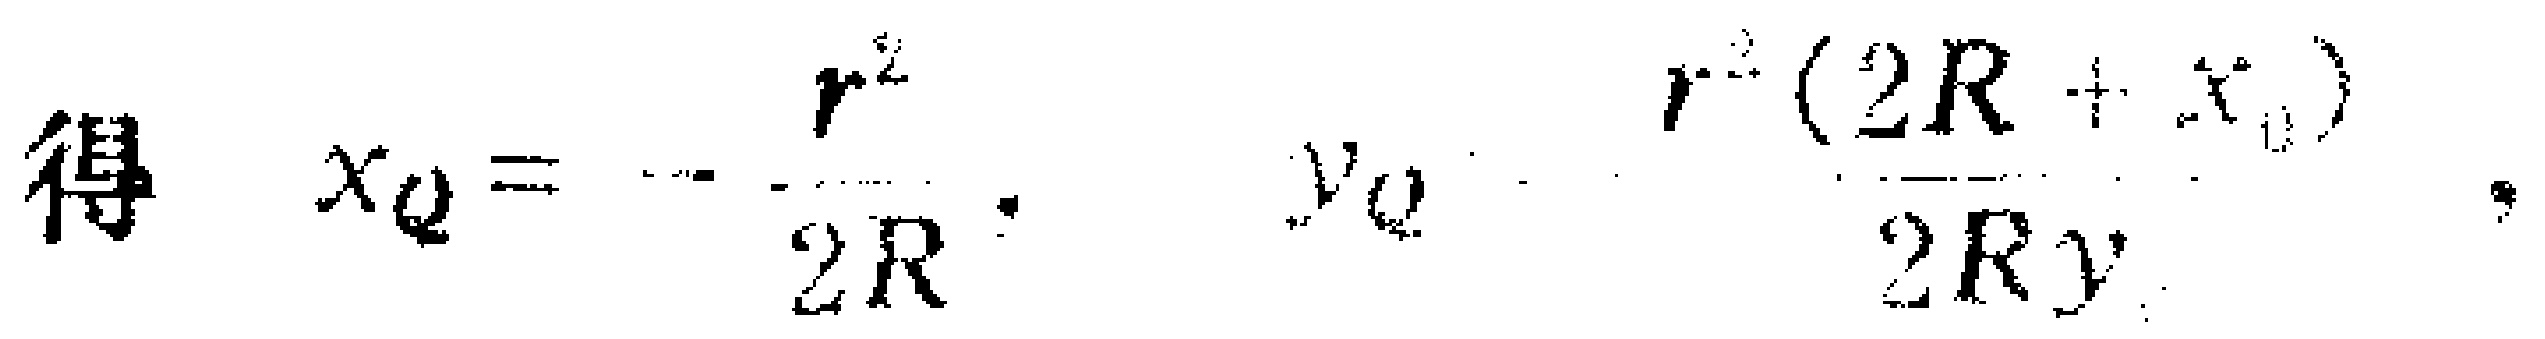
得 \(x_Q = -\frac{r^2}{2R}\)，\(y_Q=\frac{r^2(2R + x_0)}{2Ry}\)。